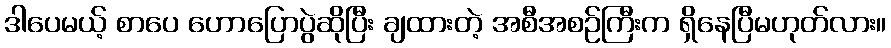
ဒါပေမယ့် စာပေ ဟောပြောပွဲဆိုပြီး ချထားတဲ့ အစီအစဉ်ကြီးက ရှိနေပြီမဟုတ်လား။